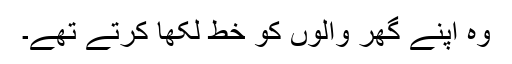
وہ اپنے گھر والوں کو خط لکھا کرتے تھے۔